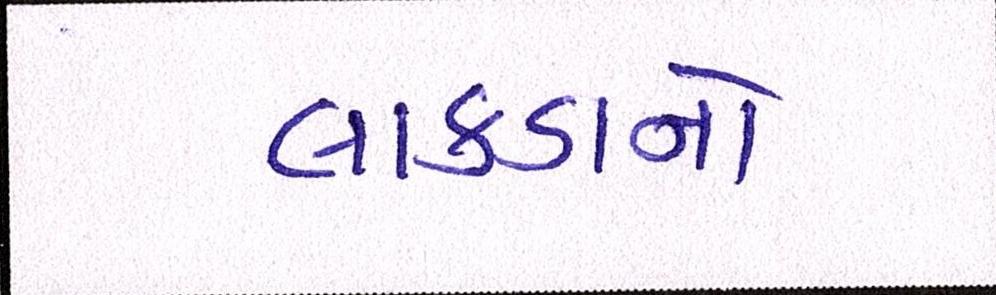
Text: લાકડાનો